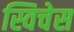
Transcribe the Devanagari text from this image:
स्विचेस